Black-water fever - Number 35
Disease focus: Fever
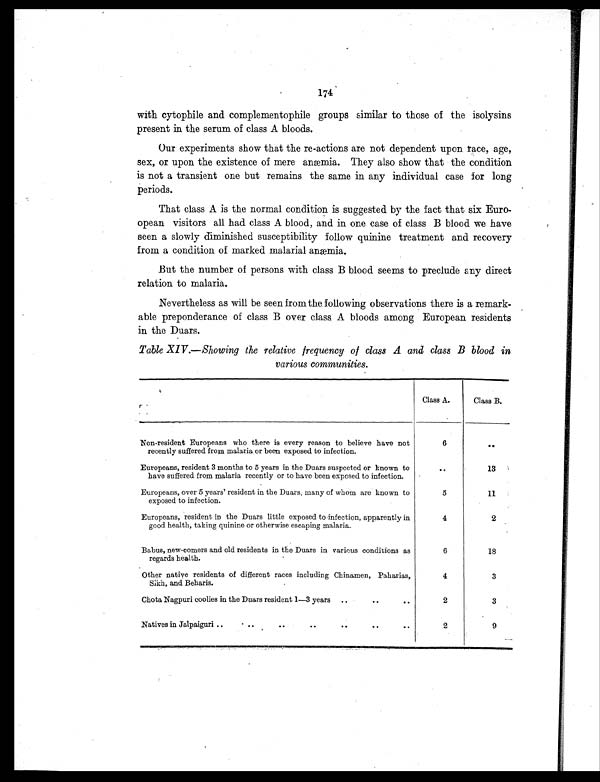
174
with cytophile and complementophile groups similar to those of the isolysins
present in the serum of class A bloods.
Our experiments show that the re-actions are not dependent upon race, age,
sex, or upon the existence of mere anæmia. They also show that the condition
is not a transient one but remains the same in any individual case for long
periods.
That class A is the normal condition is suggested by the fact that six Euro-
opean visitors all had class A blood, and in one case of class B blood we have
seen a slowly diminished susceptibility follow quinine treatment and recovery
from a condition of marked malarial anæmia.
But the number of persons with class B blood seems to preclude any direct
relation to malaria.
Nevertheless as will be seen from the following observations there is a remark-
able preponderance of class B over class A bloods among European residents
in the Duars.
Table XIV .—Showing the relative frequency of class A and class B blood in
various communities.
Class A.
Class B.
Non-resident Europeans who there is every reason to believe have not
recently suffered from malaria or been exposed to infection.
6
. .
Europeans, resident 3 months to 5 years in the Duars suspected or known to
have suffered from malaria recently or to have been exposed to infection.
. .
13
Europeans, over 5 years' resident in the Duars, many of whom are known to
eposed to infection.
5
11
Europeans, resident in the Duars little exposed to infection, apparently in
good health, taking quinine or otherwise escaping malaria.
4
2
Babus, new-comers and old residents in the Duars in various conditions as
regards health.
6
18
Other native residents of different races including Chinamen, Paharias
Sikh, and Beharis.
4
3
Chota Nagpuri coolies in the Duars resident 1—3 years ..
..
..
2
3
Natives in Jalpaiguri ..
..
..
..
..
..
..
2
9
J